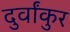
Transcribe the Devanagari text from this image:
दुर्वांकुर